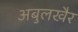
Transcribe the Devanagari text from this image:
अबुलखैर